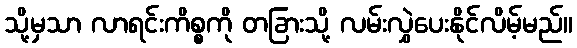
သို့မှသာ လာရင်းကိစ္စကို တခြားသို့ လမ်းလွှဲပေးနိုင်လိမ့်မည်။